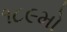
૧૮૯મો